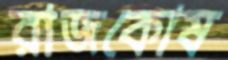
রাজকোষ